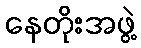
နေတိုးအဖွဲ့